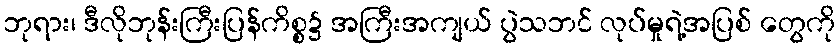
ဘုရား၊ ဒီလိုဘုန်းကြီးပြန်ကိစ္စ၌ အကြီးအကျယ် ပွဲသဘင် လုပ်မှုရဲ့အပြစ် တွေကို